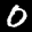
Label: 0